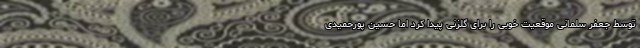
توسط جعفر سلمانی موقعیت خوبی را برای گلزنی پیدا کرد اما حسین پورحمیدی